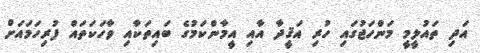
އަދި ތައުލީމީ މަންހަޖުގައި ހުރި އަޤީދާ އާއި އީމާންކަމުގެ ބައިތަކާއި ވާހަކަަތައް ފުރިހަމައަށް